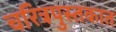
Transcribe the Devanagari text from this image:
चरित्रपुस्तकात